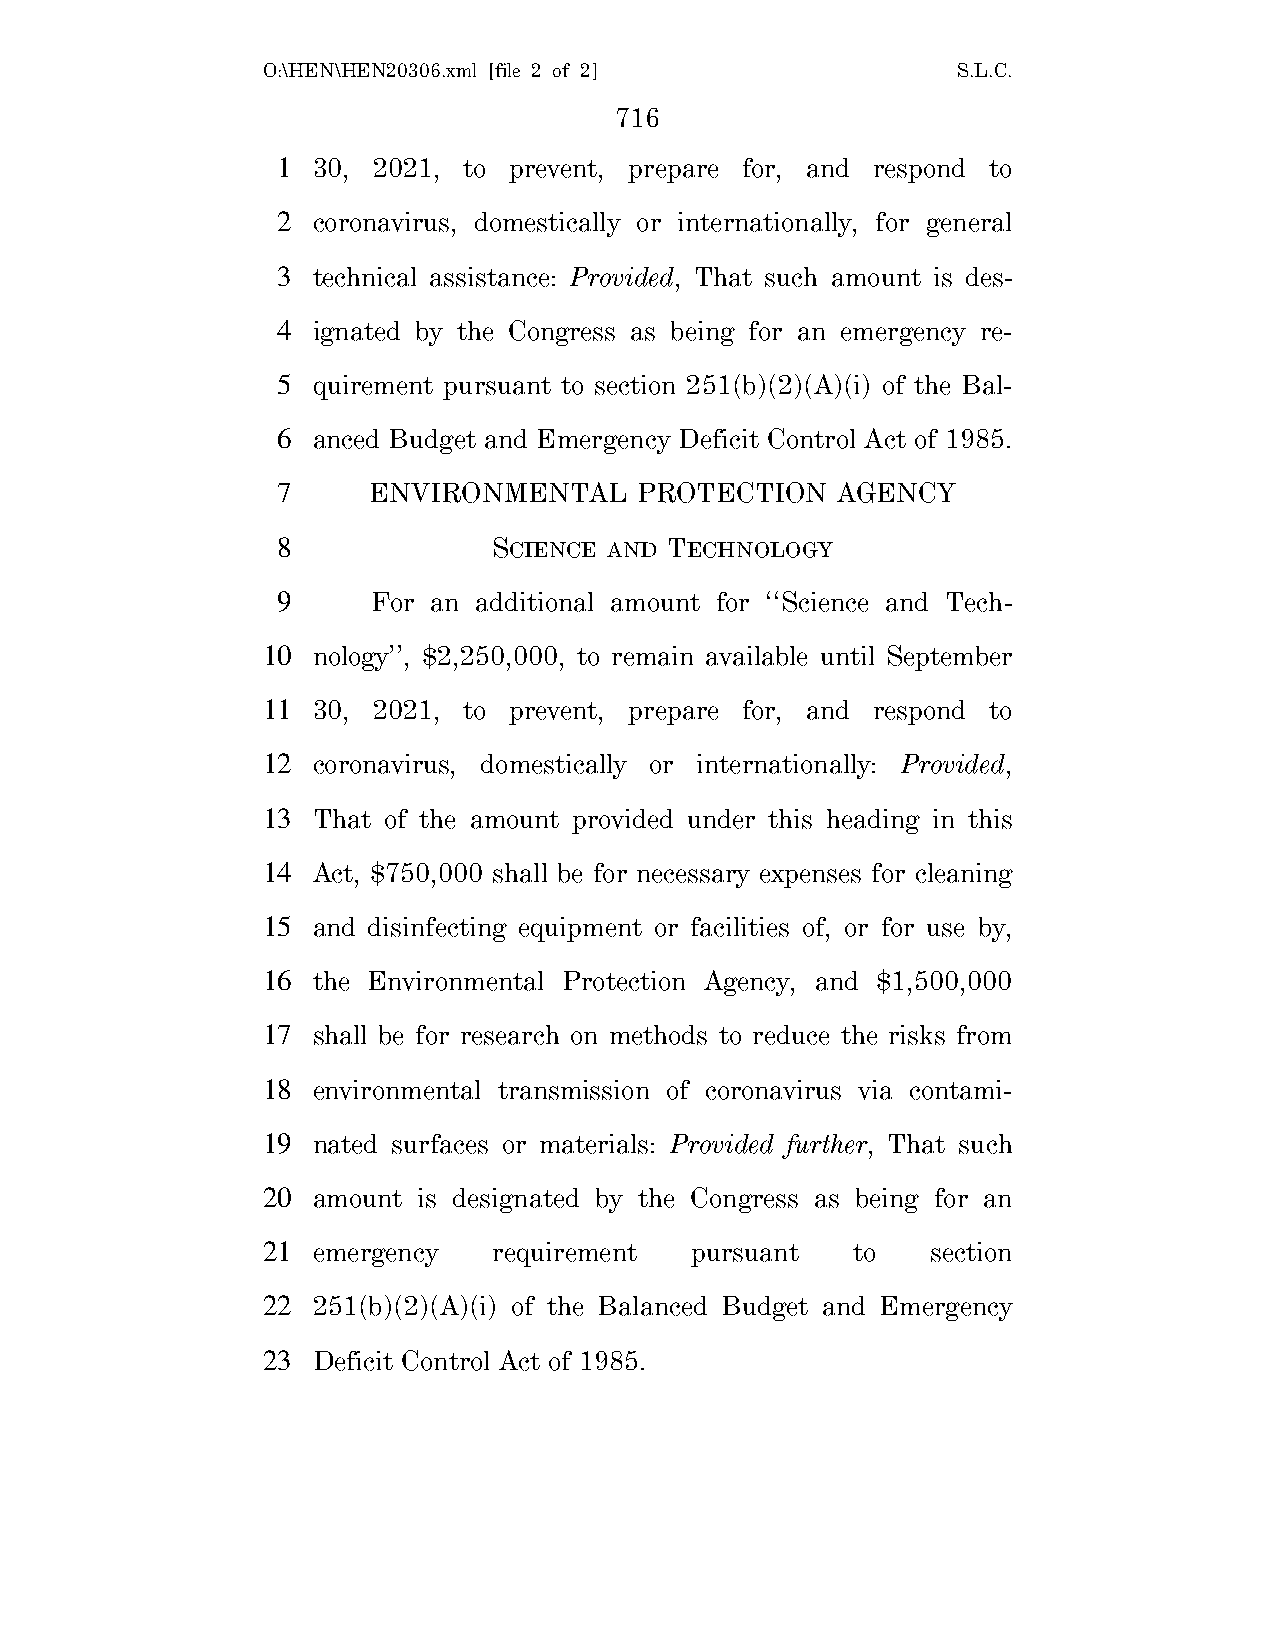
O:\HEN\HEN20306.xml [file 2 of 2]             S.L.C.
 716
 1  30, 2021, to prevent, prepare for, and respond to
 2  coronavirus, domestically or internationally, for general
 3  technical assistance: Provided, That such amount is des-
 4  ignated by the Congress as being for an emergency re-
 5  quirement pursuant to section 251(b)(2)(A)(i) of the Bal-
 6  anced Budget and Emergency Deficit Control Act of 1985.
 7     ENVIRONMENTAL     PROTECTION   AGENCY
 8              SCIENCE AND TECHNOLOGY
 9      For an additional amount for ‘‘Science and Tech-
 10  nology’’, $2,250,000, to remain available until September
 11  30, 2021, to prevent, prepare for, and respond to
 12  coronavirus, domestically or internationally: Provided,
 13  That of the amount provided under this heading in this
 14  Act, $750,000 shall be for necessary expenses for cleaning
 15  and disinfecting equipment or facilities of, or for use by,
 16  the Environmental Protection Agency, and $1,500,000
 17  shall be for research on methods to reduce the risks from
 18  environmental transmission of coronavirus via contami-
 19  nated surfaces or materials: Provided further, That such
 20  amount is designated by the Congress as being for an
 21  emergency   requirement  pursuant  to    section
 22  251(b)(2)(A)(i) of the Balanced Budget and Emergency
 23  Deficit Control Act of 1985.